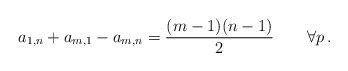
\begin{align*} a_{1,n}+a_{m,1}-a_{m,n}=\frac{ (m-1)(n-1)}{2} \qquad \forall p \, .\end{align*}